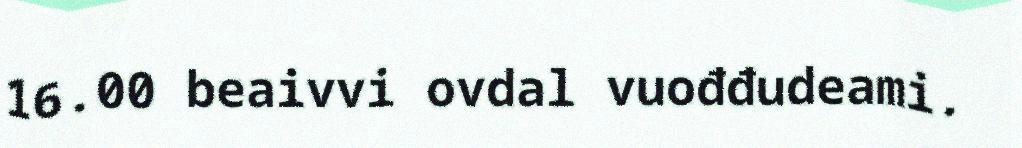
16.00 beaivvi ovdal vuođđudeami.